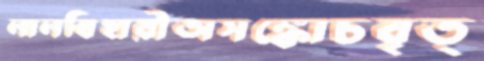
লালবিহারীঅসঙ্কোচবৃত্